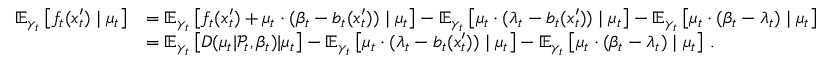
\begin{array} { r l } { \mathbb { E } _ { \gamma _ { t } } \left[ f _ { t } ( x _ { t } ^ { \prime } ) \mid \mu _ { t } \right] } & { = \mathbb { E } _ { \gamma _ { t } } \left[ f _ { t } ( x _ { t } ^ { \prime } ) + \mu _ { t } \cdot ( \beta _ { t } - b _ { t } ( x _ { t } ^ { \prime } ) ) \mid \mu _ { t } \right] - \mathbb { E } _ { \gamma _ { t } } \left[ \mu _ { t } \cdot ( \lambda _ { t } - b _ { t } ( x _ { t } ^ { \prime } ) ) \mid \mu _ { t } \right] - \mathbb { E } _ { \gamma _ { t } } \left[ \mu _ { t } \cdot ( \beta _ { t } - \lambda _ { t } ) \mid \mu _ { t } \right] } \\ & { = \mathbb { E } _ { \gamma _ { t } } \left[ D ( \mu _ { t } | \mathcal { P } _ { t } , \beta _ { t } ) | \mu _ { t } \right] - \mathbb { E } _ { \gamma _ { t } } \left[ \mu _ { t } \cdot ( \lambda _ { t } - b _ { t } ( x _ { t } ^ { \prime } ) ) \mid \mu _ { t } \right] - \mathbb { E } _ { \gamma _ { t } } \left[ \mu _ { t } \cdot ( \beta _ { t } - \lambda _ { t } ) \mid \mu _ { t } \right] \, . } \end{array}